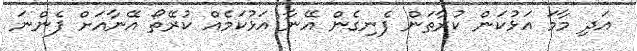
އަދި މާމަ އަޅުކަން ކުރާތަން ފެނިގެން އޭނާ އަޅުކަމެއް ކުރޭތޯ އޭނާއަށް ފެންނަ